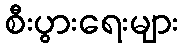
စီးပွားရေးများ